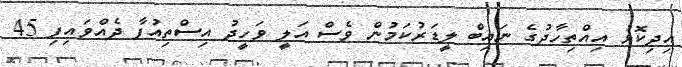
އިދިކޮޅު އިއްތިހާދުގެ ނައިބް ލީޑަރުކަމުން ވެސް އަލީ ވަހީދު އިސްތިއުފާ ދެއްވައިފި 45